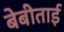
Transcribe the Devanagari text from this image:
बेबीताई